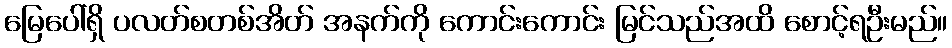
မြေပေါ်ရှိ ပလတ်စတစ်အိတ် အနက်ကို ကောင်းကောင်း မြင်သည်အထိ စောင့်ရဦးမည်။